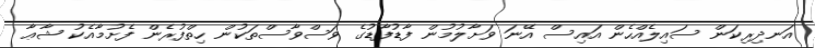
އަނދިރިކަން ސައިލެއްހެން އައިސް އޭނަ ވަށާލުމުން ފާޑުފާޑުގެ ވަސްވާސްތަކުން ހިތްފުރެން ފެށުމާއެކު ޝާޢާ